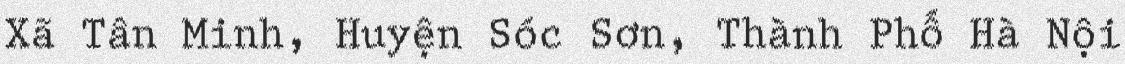
Xã Tân Minh, Huyện Sóc Sơn, Thành Phố Hà Nội